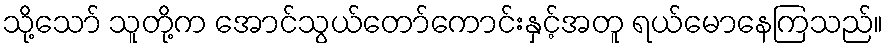
သို့သော် သူတို့က အောင်သွယ်တော်ကောင်းနှင့်အတူ ရယ်မောနေကြသည်။